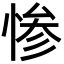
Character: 惨